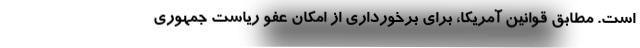
است. مطابق قوانین آمریکا، برای برخورداری از امکان عفو ریاست جمهوری